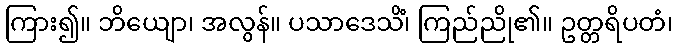
ကြား၍။ ဘိယျော၊ အလွန်။ ပသာဒေသိံ၊ ကြည်ညို၏။ ဥတ္တရိပတံ၊